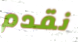
نقدم